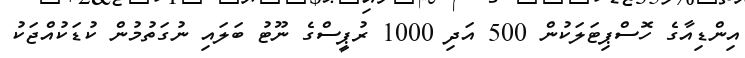
އިންޑިއާގެ ހޮސްޕިޓަލަކުން 500 އަދި 1000 ރުޕީސްގެ ނޫޓު ބަލައި ނުގަތުމުން ކުޑަކުއްޖަކު